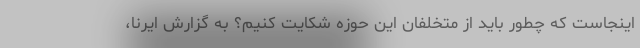
اینجاست که چطور باید از متخلفان این حوزه شکایت کنیم؟ به گزارش ایرنا،